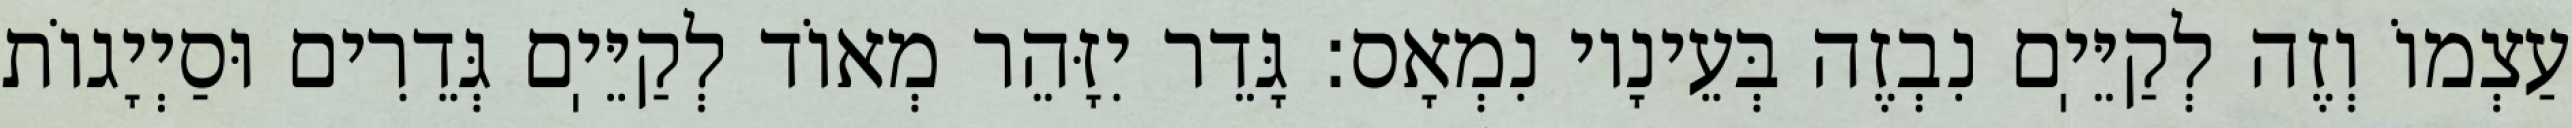
עַצְמוֹ וְזֶה לְקַיֵּיֽם נִבְזֶה בְּעֵינָיו נִמְאָס: גָּדֵר יִזָּהֵר מְאוֹד לְקַיֵּיֽם גְּדֵרִים וּסַיְיָגוֹת